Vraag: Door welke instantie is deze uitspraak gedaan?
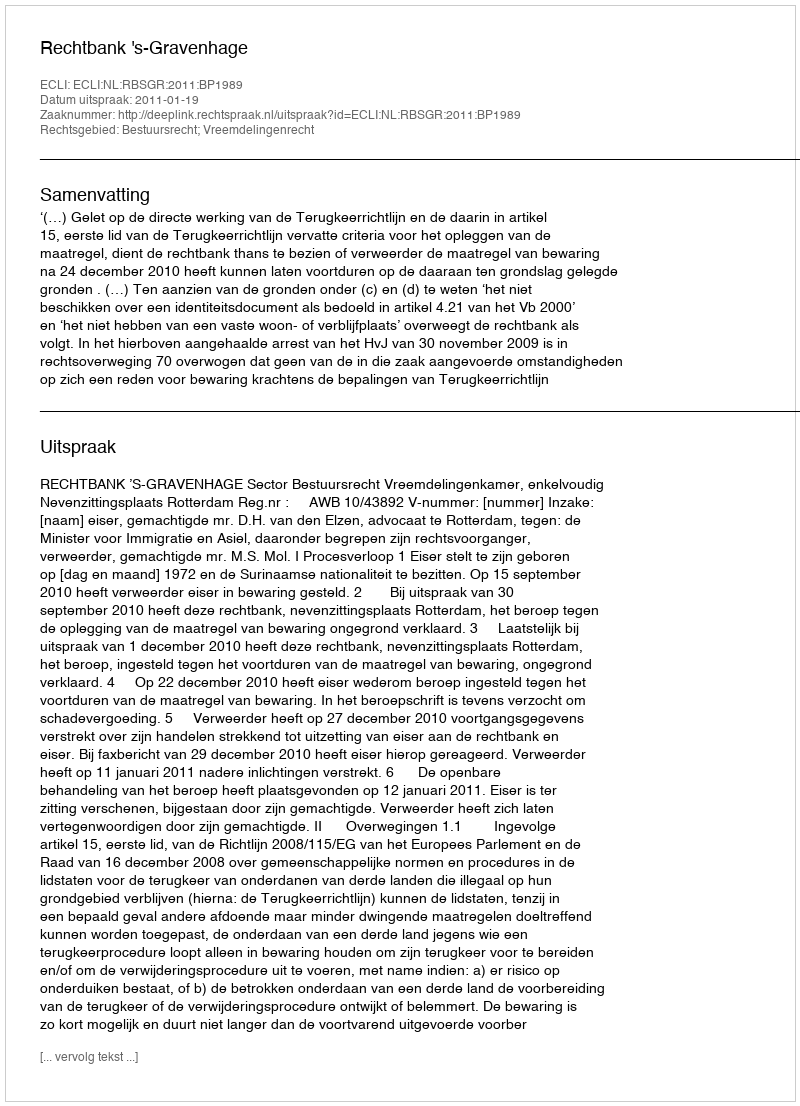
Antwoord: Rechtbank 's-Gravenhage